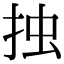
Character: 𢫼